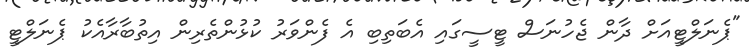
"ޕެނަލްޓީއަށް ދާން ޖެހުނަސް ޓީސީގައި އެބަތިބި އެ ފެންވަރު ކުޅުންތެރިން އިތުބާރާއެކު ޕެނަލްޓީ